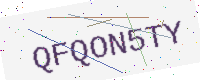
Text: QFQON5TY